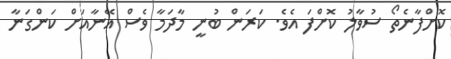
ކޮށްފާނެތޯ ސުވާލު ކޮށްފަ އެވެ. ކަރަން ބުނީ މާދަމާ ވެސް އޭނާއަށް ކަންގަނާ